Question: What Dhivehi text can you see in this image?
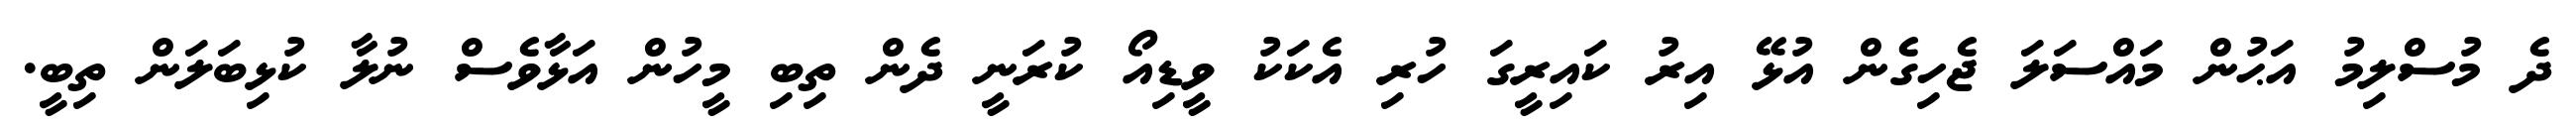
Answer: ދެ މުސްލިމު އަޙުން މައްސަލަ ޖެހިގެން އުޅޭ އިރު ކައިރީގަ ހުރި އެކަކު ވީޑިއޯ ކުރަނީ ދެން ތިބި މީހުން އަޅާވެސް ނުލާ ކުޅިބަލަން ތިބީ.